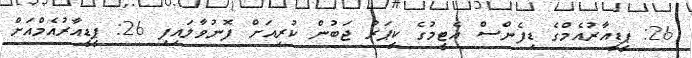
26: ޕީޑީއާރުއެމްގެ ޑިފެންސް އެޓީމުގެ ކީޕަރު ޖަބުން ކުރިއަށް ފޮނުވާލައިފި 26: ޕީޑީއާރުއެމްއަށް